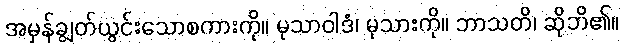
အမှန်ချွတ်ယွင်းသောစကားကို။ မုသာဝါဒံ၊ မုသားကို။ ဘာသတိ၊ ဆိုဘိ၏။